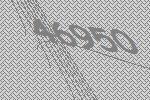
46950